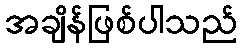
အချိန်ဖြစ်ပါသည်